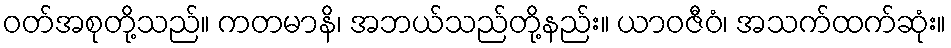
ဝတ်အစုတို့သည်။ ကတမာနိ၊ အဘယ်သည်တို့နည်း။ ယာဝဇီဝံ၊ အသက်ထက်ဆုံး။